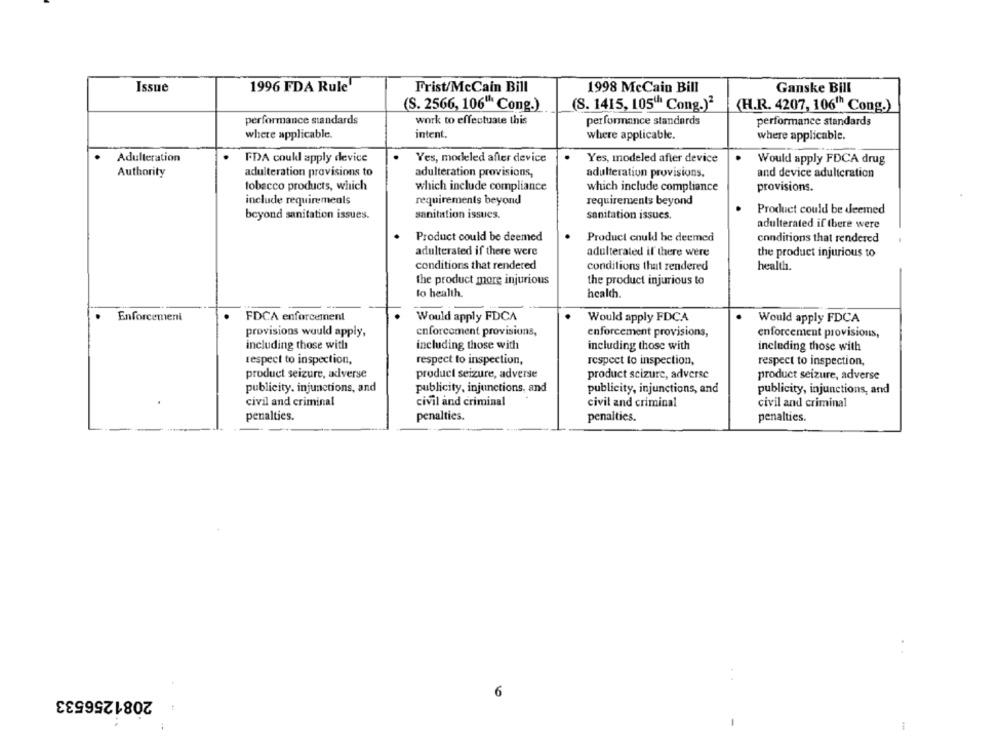
Issue
1996 FDA Rule
Frist/McCain Bill
1998 McCain Bill
Ganske Bill
(S. 2566, 106" Cong.)
(S. 1415, 105" Cong.)2
(H.R. 4207, 106" Cong.)
performance standards
work to effectuate this
performance standards
performance standards
intent.
where applicable.
where applicable.
where applicable.
Adulteration
FDA coukl apply device
Yes, modeled after device
Yes, modeled after device
Would apply FDCA drug
Authority
adulteration provisions to
adulteration provisions,
adulteration provisions,
and device adulteration
tobacco products, which
which include compliance
which include compliance
provisions.
include requiremeals
requirements beyond
requirements beyond
beyond sanitation issues.
sanitation issues.
sanitation issues.
Product could be deemed
adulterated if there were
Product could be deemed
Product could be deemed
conditions that rendered
adulterated if there were
adulterated if there were
the product injurious to
conditions that rendered
conditions that rendered
health.
the product more injurious
the product injurious to
lo health.
health.
Enforcement
FDCA enforcement
Would apply FDCA
Would apply FDCA
Would apply FDCA
provisions would apply,
enforcement provisions,
enforcement provisions,
enforcement provisions,
including those with
including those with
including those with
including those with
respect to inspection,
respect to inspection,
respect to inspection,
respect to inspection,
product seizure, averse
product seizure, adverse
product scizure, adverse
product seizure, adverse
publicity. injunctions, and
publicity, injunctions, and
publicity, injunctions, and
publicity, injunctions, and
civil and criminal
civil and criminal
civil and criminal
civil and criminal
penalties.
penalties.
penalties.
penalties.
2081256533
6